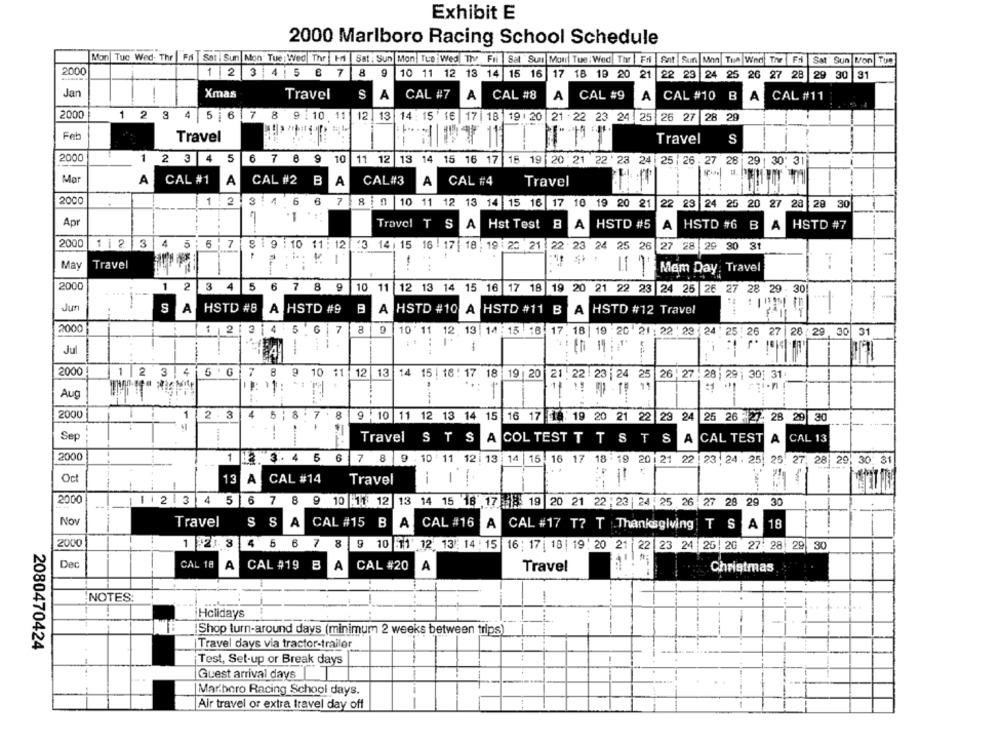
Exhibit E
2000 Marlboro Racing School Schedule
Mon Tue Wed. The Ffi |Set | Sun Mon Tue : Wed Thr Fri Sat : Sun Mon Tue Wed Thy Fri Sat Sun Mon Tue Wed Thr | Fri Sat Sun Mon Tue Wed Thr Fri Sat Sun Mon Tue
2000
1 2 3 45 6 7 8 9
10 11 12 13 14
15 16 17 18 19 20 21 22 23 24 25 26 27 28 29 30
91
Jan
Xmas
Travel
CAL #7
A
CAL #8
CAL #9
CAL #10 B
A
CAL #11
S A
A
A
2000
1 2 3 4 5 6 7 8 9:10 11 12 13
14: 15 ' 16 17 | 18 19 : 20 21 22 23 24 25 26 27 28 29
Feb
Travel
-
Travel
S
EWA7 111
2000
1 2 3 4 5 6 7 8 9 10
11 12 13 14 15 16 17 16 19 20 21 22 ' 23 24 25 |26.27 28 29: 30 31
Mar
A
CAL #1 A
CAL #2 B
A
CAL#3
A
CAL #4
Travel
2000
1: 2 3:4 5 6 7 8 :0 10 11 12 13 14 15 16 17 10 19 20 21 22 23 24 25 20 27 28 29 30
Apr
Travel T S A
Hst Test B A
A
HSTD #5
A HSTD #6 B
A
HSTD #7
2000
112 3 4 5: 6 7 819:10 11:12
:3 141 15 16 :17 18: 19 :20 21 22 23 24 25 26 27 28 29 30 31
-
May
Travel
. ..
-
If Mem Day: Travel
2000
1 2 3 4 5 6 7 8 9 10 11
12 13 14 15 16 17 18
19 20 21 22 23 24 25 26 27 28 29 30
Juni
S A HSTD #8
S A
A HSTD #9 8
A
HSTD #10 A HSTD #11 B
A HSTD #12 Travel
2000
1 |2 |3 |4 567
8 9
10'11 12 13 14:15 16
17. 18 19 20 21: 22 : 29 :24' 25: 26 27 28:29 30 31
27 28 29 30 31
-
Ju
...
2000
1 2 3 4 5 6 7 8 9 10 11 12 13
14 15 | 16: 17 18 19 20 21. 22 :23 |24 25 26 : 27 :28: 29; 301 31
-
Aug
T
11 19 50 -19 11
2000
1 23
4 5 ,8 7.8
9 10 11 12 13 14 15 16 17 18: 19 20 21 22 23 24 25 26 27 28 29 30
Sep
--
Travel
STSA
COL TEST T T S T S
CAL TEST A CAL 13
2000
1 2 3 4 5 6 7 8 9 . 10 11 12 13 14 15 16 17 18 19 20 21 22 23: 24. 25 25 27, 2829, 30 31
Oct
13 A
CAL #14
Travel
--
1
-
2000
11 2 3 4 5 6 7 8 9
10 :11 12 13 14 15 18 17 19 20 21 22 :23 24:25 26 27 28 29 30
Nov
Travel S S A
CAL #15 B
A
CAL #16 A
CAL #17 T? T Thanksgiving | T S A 18
2000
1 21 3 4
5
6
7 8 9 10 11' 12 13: 14 : 15 16: 17 18 19 : 20 21 22 23 24 25: 20 27: 28 29 30
Dec
CAL 18
CAL #19
A
B
A
CAL #20
A
Travel
--
Christmas
NOTES:
-
Holidays
..
IShop turn-around days (minimum 2 weeks between trips)
-
2080470424
Travel days via tractor-trailer
Test, Set-up or Break days
Guest arrival days
Mar.boro Racing School days.
Air travel or extra travel day off